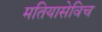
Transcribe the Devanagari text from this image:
मतियासेविच